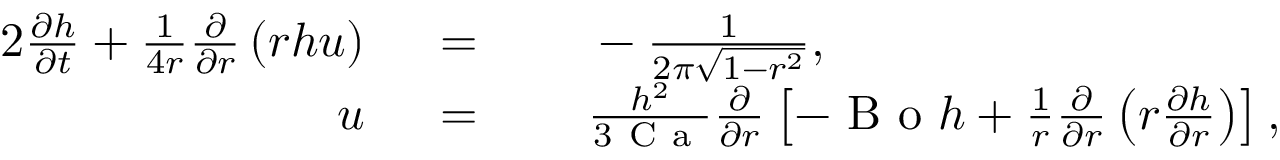
\begin{array} { r l r l } { { 2 } \frac { \partial h } { \partial t } + \frac { 1 } { 4 r } \frac { \partial } { \partial r } \left( r h u \right) } & { { } \; = } & { } & { { } \; - \frac { 1 } { 2 \pi \sqrt { 1 - r ^ { 2 } } } , } \\ { u } & { { } \; = } & { } & { { } \; \frac { h ^ { 2 } } { 3 \mathrm { ~ C ~ a ~ } } \frac { \partial } { \partial r } \left[ - \mathrm { ~ B ~ o ~ } h + \frac { 1 } { r } \frac { \partial } { \partial r } \left( r \frac { \partial h } { \partial r } \right) \right] , } \end{array}